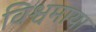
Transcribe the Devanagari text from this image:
विश्वमाया